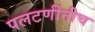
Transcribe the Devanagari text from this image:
पलटणींनीच